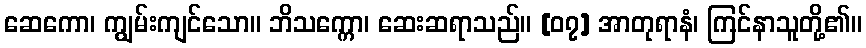
ဆေကော၊ ကျွမ်းကျင်သော။ ဘိသက္ကော၊ ဆေးဆရာသည်။ [၀၇] အာတုရာနံ၊ ကြင်နာသူတို့၏။